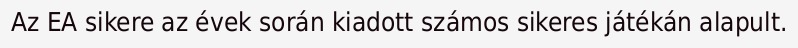
Az EA sikere az évek során kiadott számos sikeres játékán alapult.